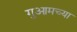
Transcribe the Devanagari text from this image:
गुआमच्या